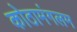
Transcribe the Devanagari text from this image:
कोठामंगलम